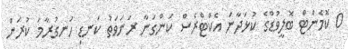
0 ކޮމެންޓް ބޮލީވުޑްގެ ކުޅަދާނަ އެކްޓްރެސް ކަންގަނާ ރަނަވަތު ކަނޑި ހަނގުރާމަ ކުރަން